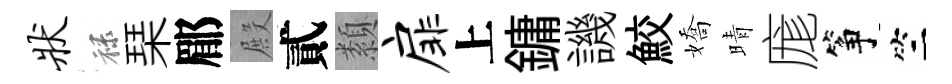
状禄琹郿殿貳纇扉上鏞譏鮫嬌晴庬筝竺